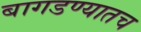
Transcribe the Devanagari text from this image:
बागडण्यातच